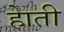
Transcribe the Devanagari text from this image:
हाेती